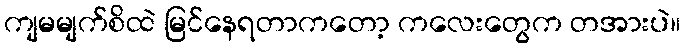
ကျမမျက်စိထဲ မြင်နေရတာကတော့ ကလေးတွေက တအားပဲ။